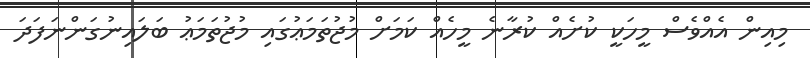
މިއިން އެއްވެސް މީހަކީ ކުށެއް ކުރާނެ މީހެއް ކަމަށް މުޖުތަމަޢުގައި މުޖުތަމަޢު ބަލައިނުގަންނަފަދަ